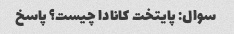
سوال: پایتخت کانادا چیست؟ پاسخ